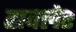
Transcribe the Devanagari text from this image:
हावलेर